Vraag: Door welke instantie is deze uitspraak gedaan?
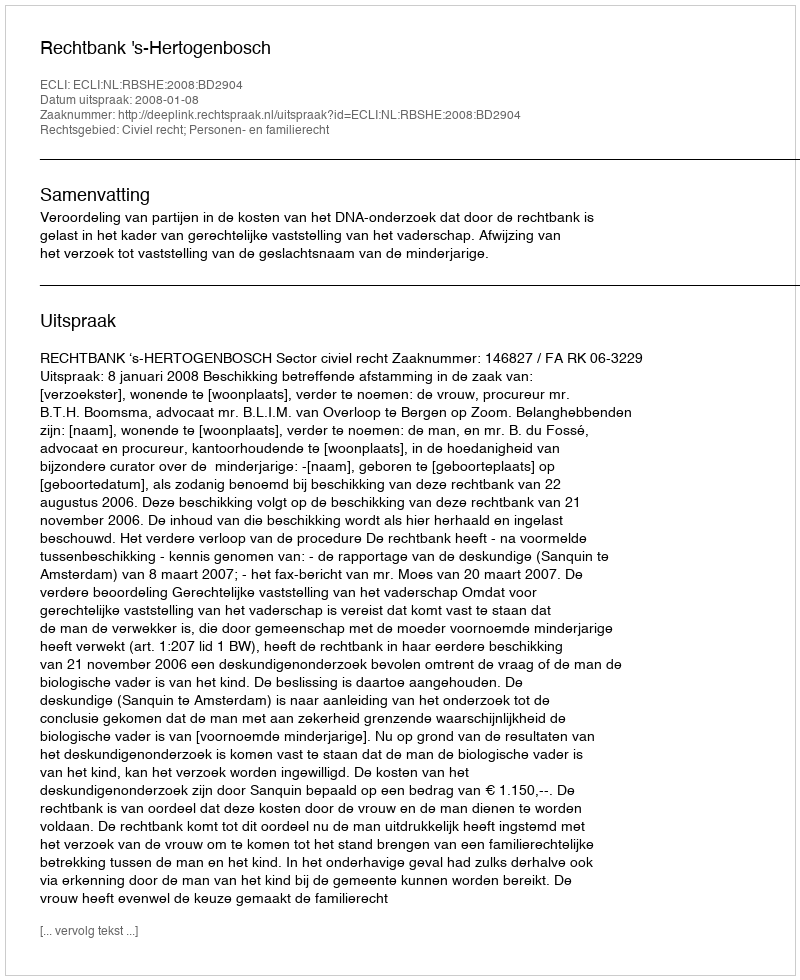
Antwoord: Rechtbank 's-Hertogenbosch